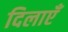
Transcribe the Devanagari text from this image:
दिलाएँ